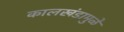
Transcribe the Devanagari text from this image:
कालखंडामुळे